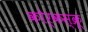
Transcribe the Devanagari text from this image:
कोर्कस्क्रू